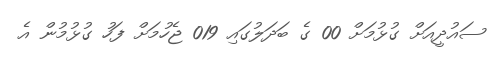
ސައުދީއަށް ގުޅުމަށް 00 ގެ ބަދަލުގައި 019 ޖެހުމަށް ފަހު ގުޅުމުން އެ